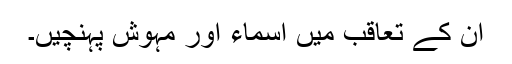
ان کے تعاقب میں اسماء اور مہوش پہنچیں۔